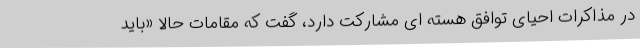
در مذاکرات احیای توافق هسته ای مشارکت دارد، گفت که مقامات حالا «باید